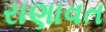
રાણાવત